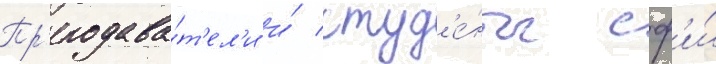
Пр'еподава́т'ел'и и́ студ'е́нты сф'и́